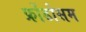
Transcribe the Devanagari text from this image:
फ्रोंडोसम